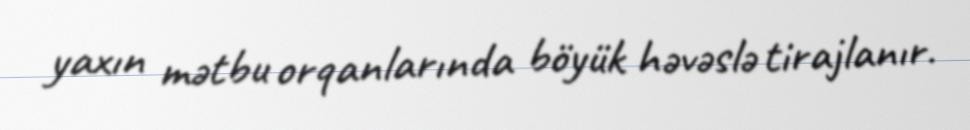
yaxın mətbu orqanlarında böyük həvəslə tirajlanır.